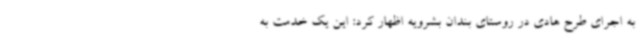
به اجرای طرح هادی در روستای بندان بشرویه اظهار کرد: این یک خدمت به